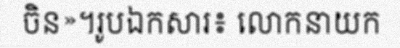
ចិន»។រូបឯកសារ៖ លោកនាយក